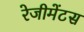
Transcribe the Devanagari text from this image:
रेजीमेंटस